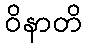
ဝိနာတိ